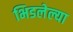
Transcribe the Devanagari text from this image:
भिडलेल्या